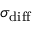
\sigma _ { \mathrm { d i f f } }